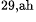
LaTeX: ^\textrm{\scriptsize 29,ah}